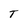
Character: T